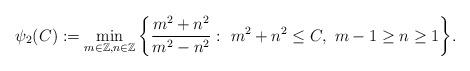
LaTeX: \begin{align*}\psi_2(C) := \min_{ m\in\mathbb{Z}, n\in\mathbb{Z} } \bigg\{ \frac{m^2+n^2}{m^2 - n^2} : \ m^2+n^2 \le C, \ m-1 \ge n \ge 1 \bigg\}.\end{align*}